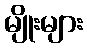
မျိုးများ